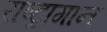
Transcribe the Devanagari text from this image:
राष्ट्रागान